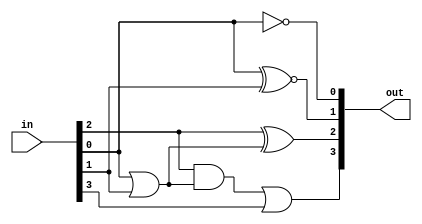
`timescale 1ns / 1ps
//////////////////////////////////////////////////////////////////////////////////
// Company: 
// Engineer: 
// 
// Design Name: 
// Module Name: bcd_to_excess3
// Project Name: 
// Target Devices: 
// Tool Versions: 
// Description: 
// 
// Dependencies: 
// 
// Revision:
// Revision 0.01 - File Created
// Additional Comments:
// 
//////////////////////////////////////////////////////////////////////////////////


module bcd_to_excess3 (in,out);

	input [3:0] in;
	output [3:0] out;
	
	assign out[0]=~in[0];
	assign out[1]=in[0]~^in[1];
	assign out[2]=in[2]^(in[0]|in[1]);
	assign out[3]=(in[2]&(in[0]|in[1]))|in[3];
	
endmodule